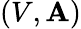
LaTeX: (V,\mathbf{A})